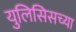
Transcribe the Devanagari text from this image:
युलिसिसच्या